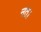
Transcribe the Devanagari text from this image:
नत।